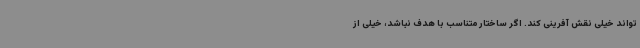
تواند خیلی نقش آفرینی کند. اگر ساختار متناسب با هدف نباشد، خیلی از